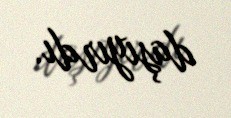
daşıyırdı.